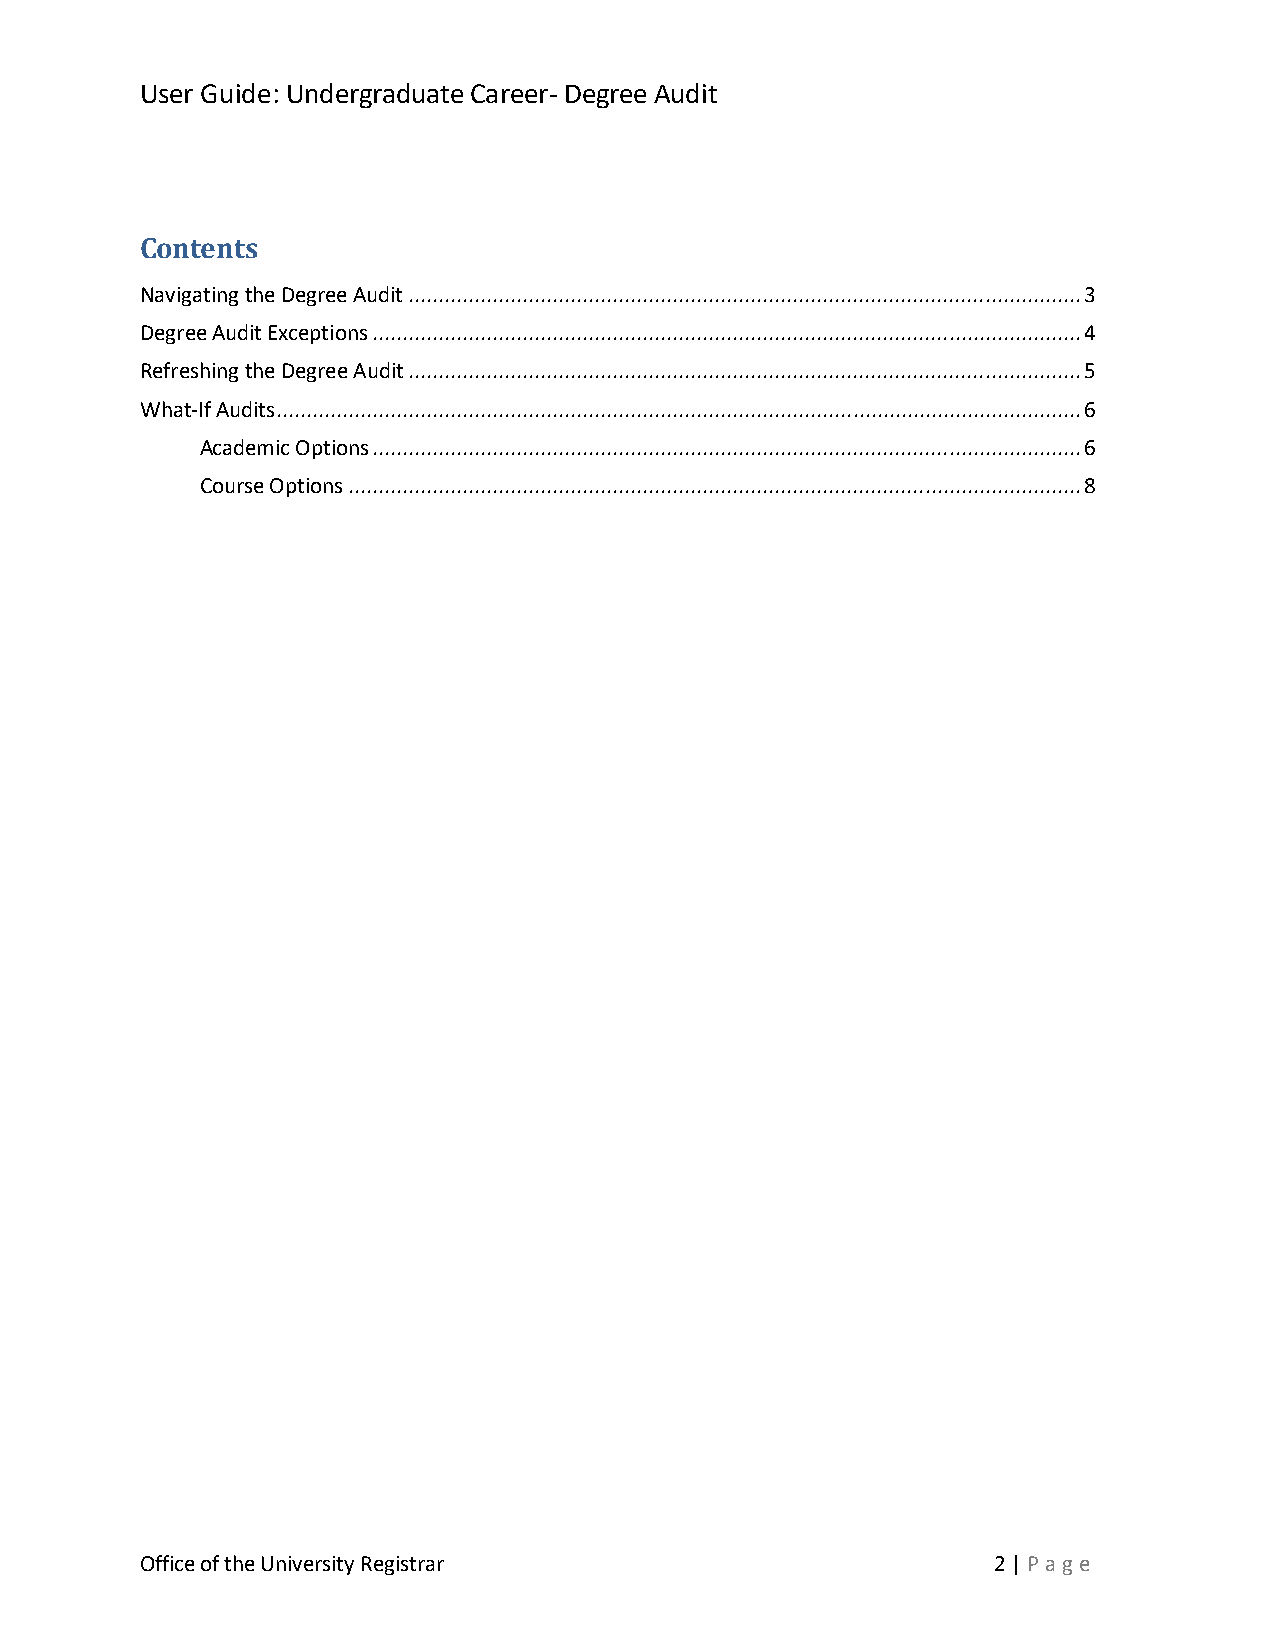
User Guide: Undergraduate Career- Degree Audit
 Contents
 Navigating the Degree Audit ................................................................................................................ 3
 Degree Audit Exceptions ...................................................................................................................... 4
 Refreshing the Degree Audit ................................................................................................................ 5
 What-If Audits ...................................................................................................................................... 6
 Academic Options ...................................................................................................................... 6
 Course Options .......................................................................................................................... 8
 Office of the University Registrar                       2 | Pag e